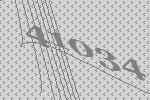
41034